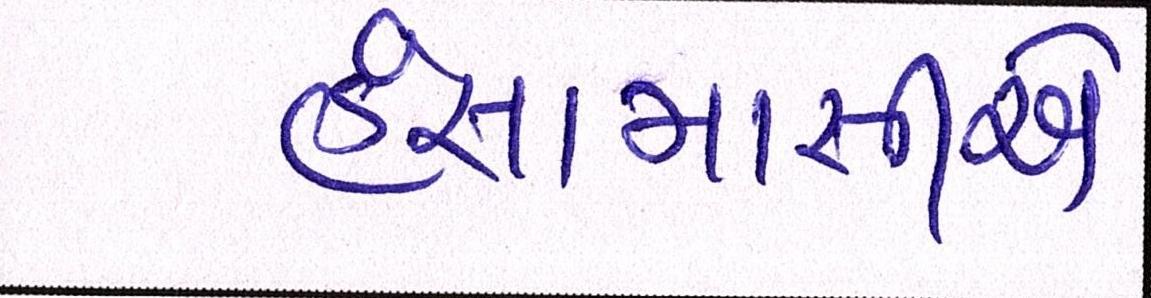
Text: હંસામાસીએ